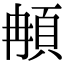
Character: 𩑺